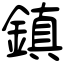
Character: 鎮